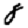
Digit: 8